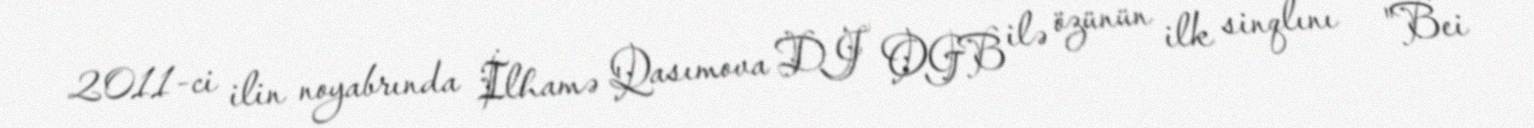
2011-ci ilin noyabrında İlhamə Qasımova DJ OGB ilə özünün ilk sinqlını – "Bei